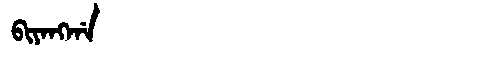
Manchu: ᠪᡳᠶᠠᠩᡤᠠ
Romanization: BIYANGGA